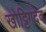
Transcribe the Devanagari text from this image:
खोट्टिगदेव